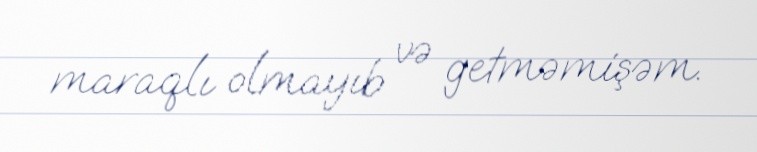
maraqlı olmayıb və getməmişəm.